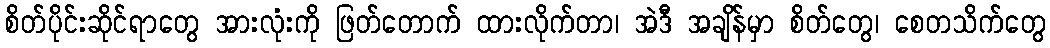
စိတ်ပိုင်းဆိုင်ရာတွေ အားလုံးကို ဖြတ်တောက် ထားလိုက်တာ၊ အဲဒီ အချိန်မှာ စိတ်တွေ၊ စေတသိက်တွေ